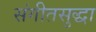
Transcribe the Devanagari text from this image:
संगीतसुद्धा